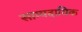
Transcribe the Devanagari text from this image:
साम्पदायिक